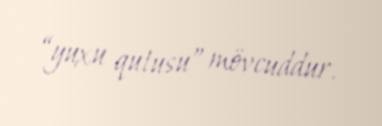
“yuxu qutusu” mövcuddur.